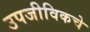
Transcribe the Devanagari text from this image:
उपजीविकचे